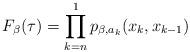
LaTeX: \begin{align*} F_\beta(\tau) = \prod_{k=n}^1 p_{\beta,a_k}(x_k,x_{k-1})\end{align*}